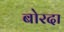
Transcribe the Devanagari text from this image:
बोरदा